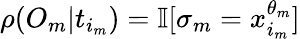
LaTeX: \rho(O_{m}|t_{i_{m}})=\mathbb{I}[\sigma_{m}=x_{i_{m}}^{\theta_{m}}]